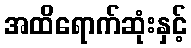
အထိရောက်ဆုံးနှင့်